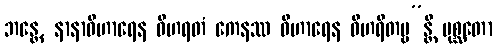
ဘန္တေ, နာနာဝိဟာရေန ဝိဟရတံ ကေနဿ ဝိဟာရေန ဝိဟရိတဗ္ဗ”န္တိ ပုစ္ဆတော